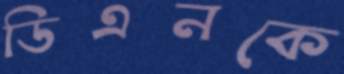
ডিএনকে